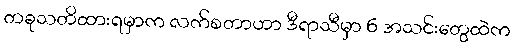
တခုသတိထားရမှာက လက်စတာဟာ ဒီရာသီမှာ 6 အသင်းတွေထဲက